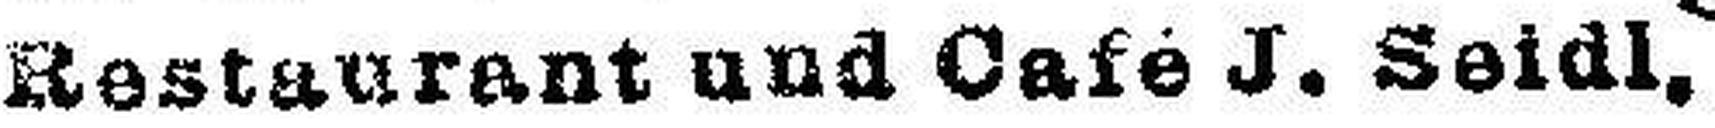
Restaurant und Café J. Seidl.